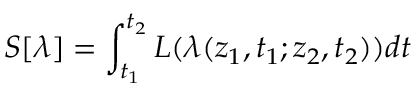
S [ \lambda ] = \int _ { t _ { 1 } } ^ { t _ { 2 } } { \cal { L } } ( \lambda ( z _ { 1 } , t _ { 1 } ; z _ { 2 } , t _ { 2 } ) ) d t